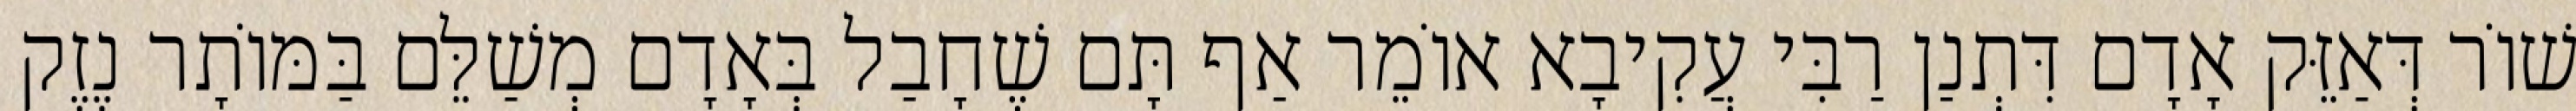
שׁוֹר דְּאַזֵּק אָדָם דִּתְנַן רַבִּי עֲקִיבָא אוֹמֵר אַף תָּם שֶׁחָבַל בְּאָדָם מְשַׁלֵּם בַּמּוֹתָר נֶזֶק